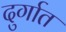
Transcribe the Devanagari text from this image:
दुर्गात